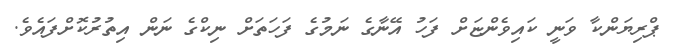
ޕްރިޔަންކާ ވަނީ ކައިވެންޏަށް ފަހު އޭނާގެ ނަމުގެ ފަހަތަށް ނިކްގެ ނަން އިތުރުކޮށްފައެވެ.